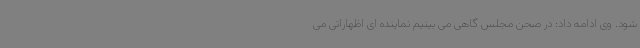
شود. وی ادامه داد: در صحن مجلس گاهی می بینیم نماینده ای اظهاراتی می